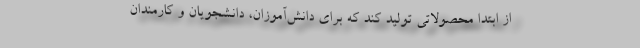
از ابتدا محصولاتی تولید کند که برای دانش‌آموزان، دانشجویان و کارمندان